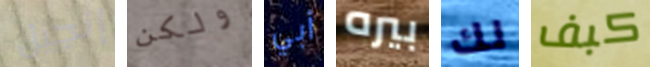
إنجيل ولكن أبي بيره لك كبف